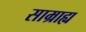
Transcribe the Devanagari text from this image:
साम्राह्य